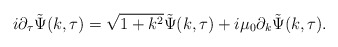
\begin{align*}i\partial_{\tau}\tilde{\Psi}(k, \tau) = \sqrt{1+k^{2}} \tilde{\Psi}(k, \tau) + i\mu_{0}\partial_{k}\tilde{\Psi}(k, \tau).\end{align*}